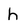
Character: h